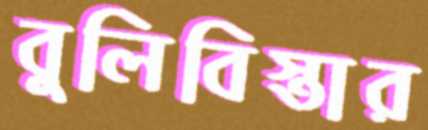
বুলিবিস্তার